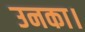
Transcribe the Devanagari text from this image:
उनका।